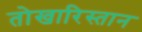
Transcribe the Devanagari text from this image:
तोखारिस्तान